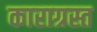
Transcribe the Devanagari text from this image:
काराग्रस्त